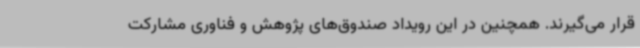
قرار می‌گیرند. همچنین در این رویداد صندوق‌های پژوهش و فناوری مشارکت